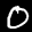
Label: 0